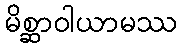
မိစ္ဆာဝါယာမဿ